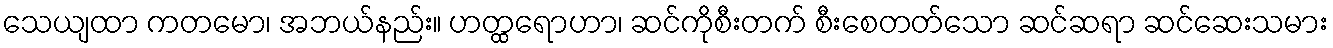
သေယျထာ ကတမော၊ အဘယ်နည်း။ ဟတ္ထရောဟာ၊ ဆင်ကိုစီးတက် စီးစေတတ်သော ဆင်ဆရာ ဆင်ဆေးသမား